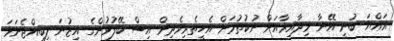
އައްޔަ ބުނީ އޭނާ މިދާއިރާއަށް ނުކުތުމަށް އެހީތެރިވެދިން އިސް ބޭފުޅުންގެ އިޒުނަ ލިބިއްޖެނަމަ